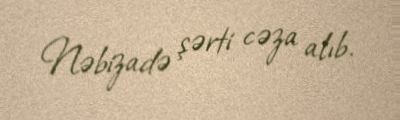
Nəbizadə şərti cəza alıb.